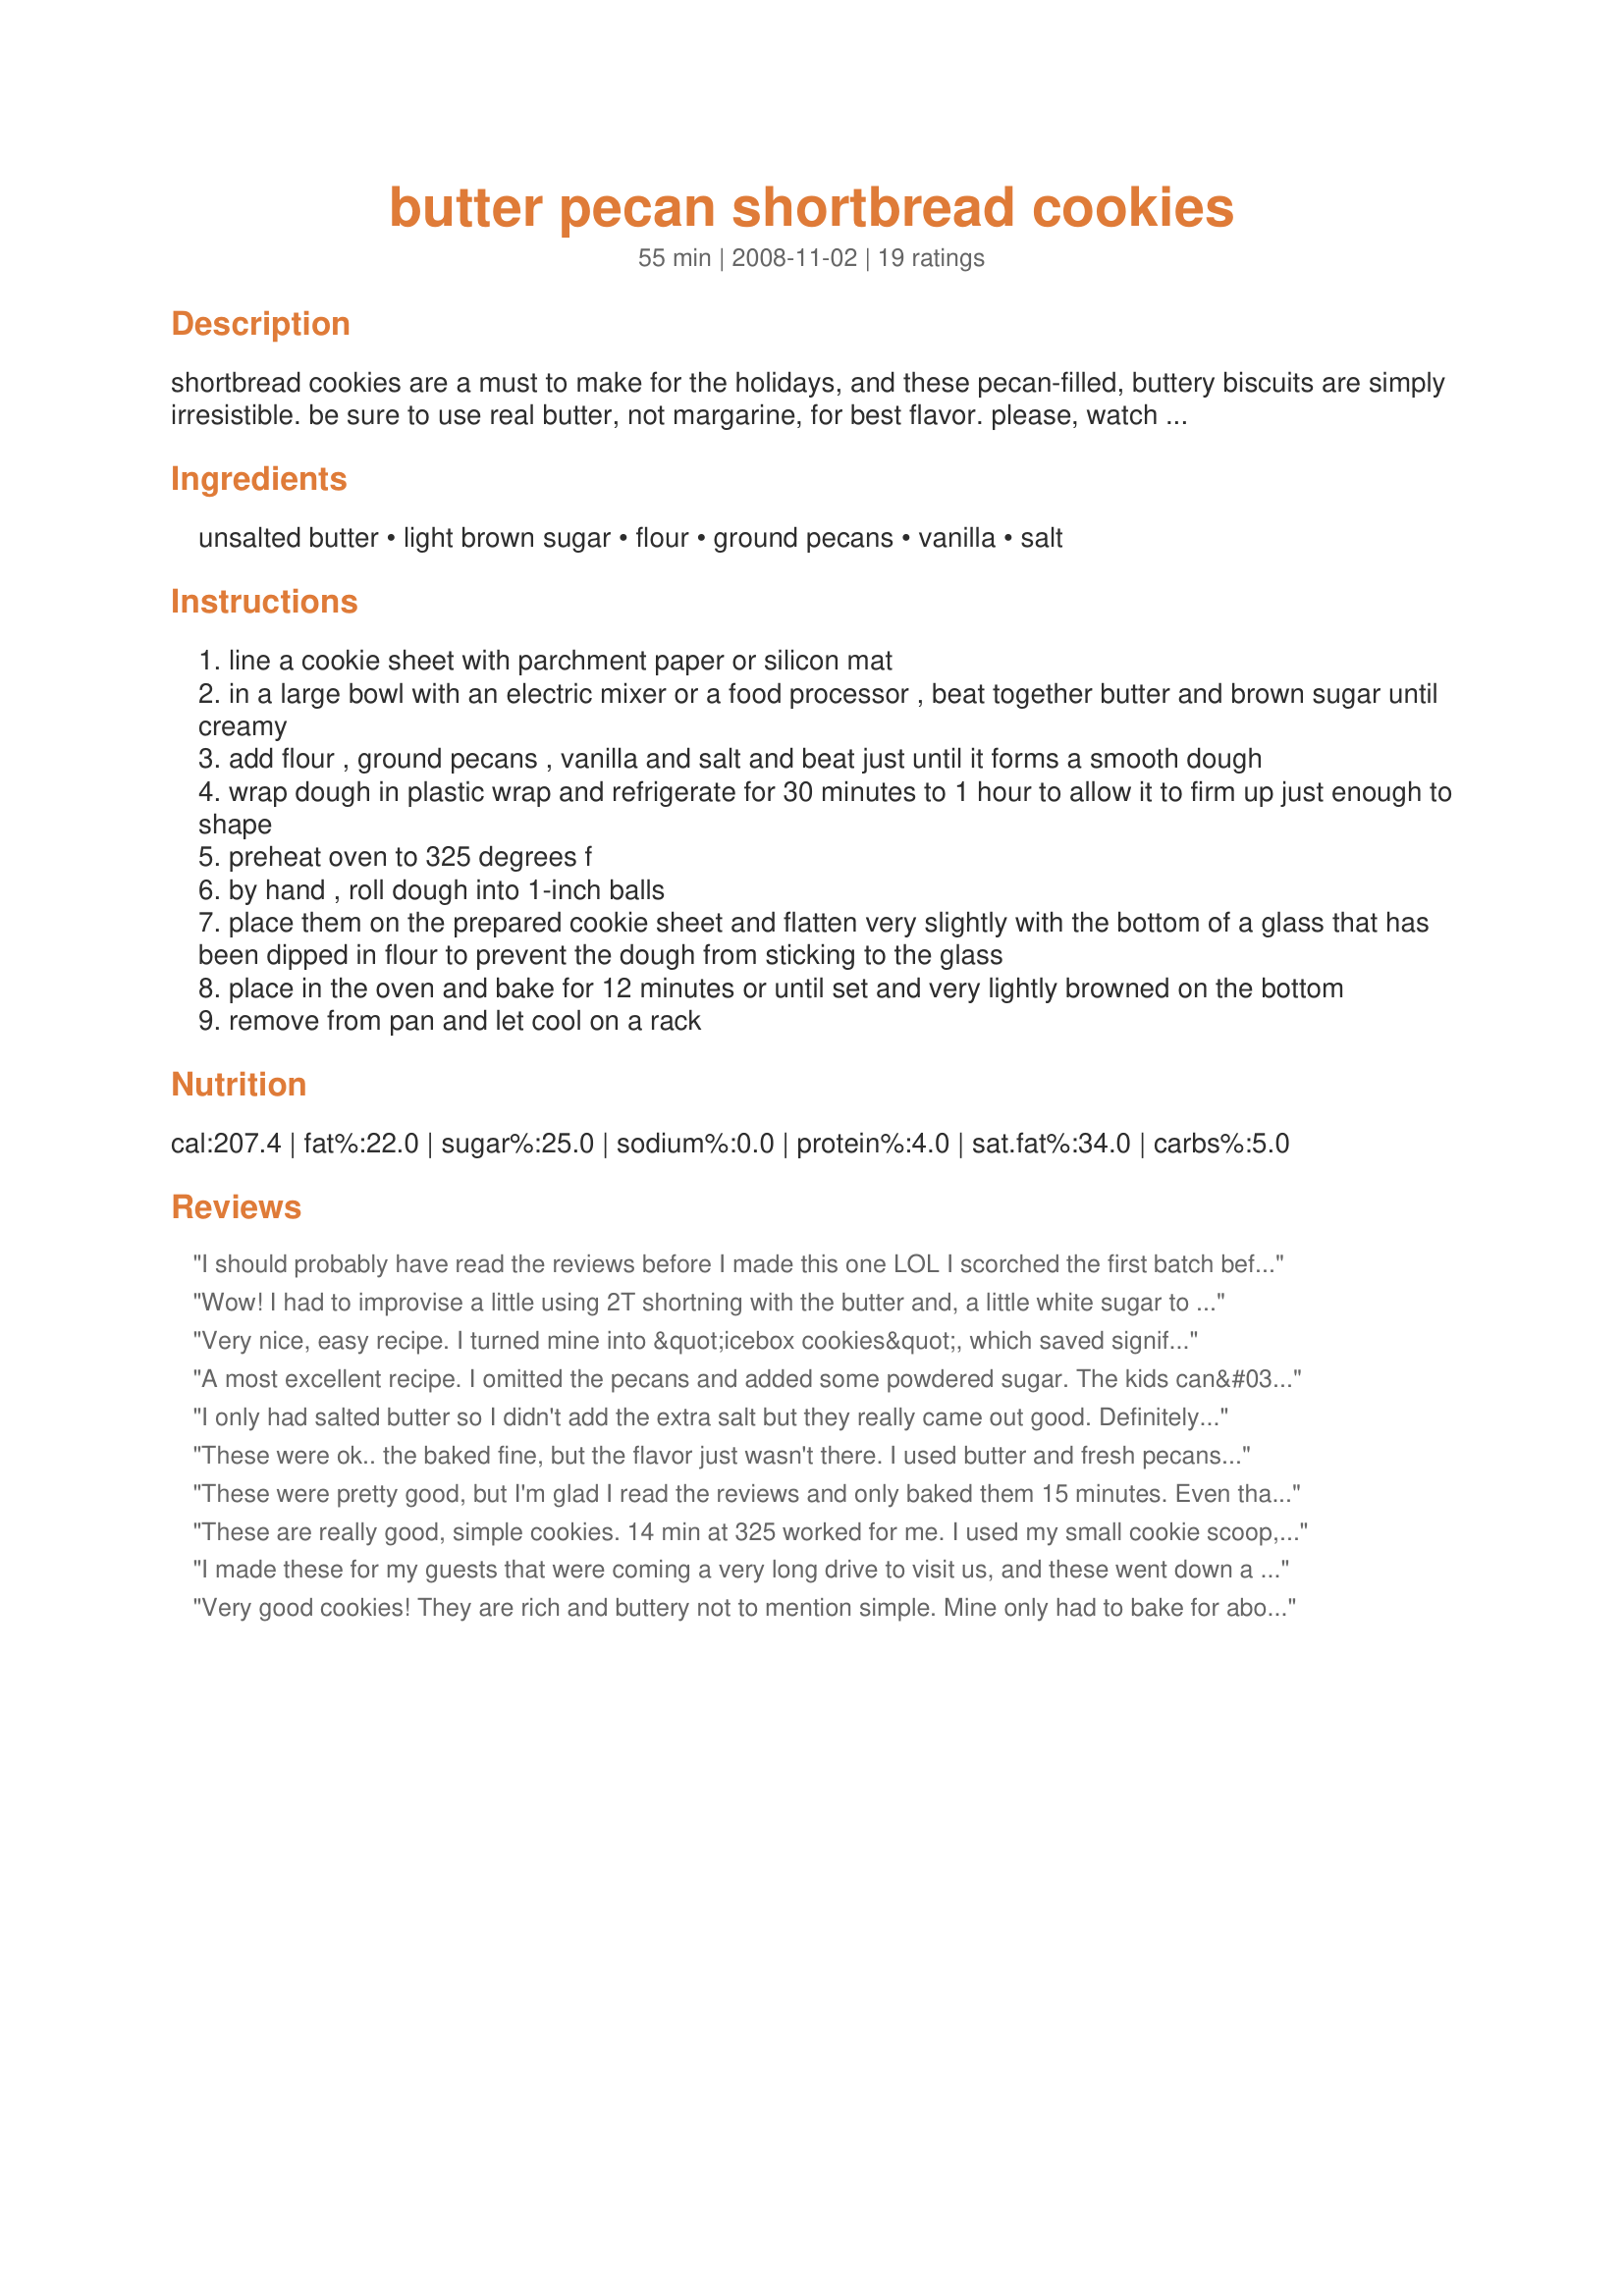
butter pecan shortbread cookies
Preparation time: 55 minutes

shortbread cookies are a must to make for the holidays, and these pecan-filled, buttery biscuits are simply irresistible. be sure to use real butter, not margarine, for best flavor. please, watch them as they bake. reviewers are reporting baking times from 12 to 20 mins and i have changed the baking time from the original 30 mins to 15 mins.

Ingredients:
unsalted butter, light brown sugar, flour, ground pecans, vanilla, salt

Steps:
line a cookie sheet with parchment paper or silicon mat
in a large bowl with an electric mixer or a food processor , beat together butter and brown sugar until creamy
add flour , ground pecans , vanilla and salt and beat just until it forms a smooth dough
wrap dough in plastic wrap and refrigerate for 30 minutes to 1 hour to allow it to firm up just enough to shape
preheat oven to 325 degrees f
by hand , roll dough into 1-inch balls
place them on the prepared cookie sheet and flatten very slightly with the bottom of a glass that has been dipped in flour to prevent the dough from sticking to the glass
place in the oven and bake for 12 minutes or until set and very lightly browned on the bottom
remove from pan and let cool on a rack

Reviews:
I should probably have read the reviews before I made this one LOL I scorched the first batch before I discovered that the time given in the recipe instructions is way too long! The reviewer who suggested 14 minutes is closer to the mark....Either that or a cooler oven, maybe 300Â° degrees instead...In any case, once I got adjusted the time, they were nice...I even mixed the entire thing in my little food processor, a novel experience! My only suggestion is that you brush off any flour residue after you flatten the cookies (a step not obvious to some of us, LOL)...Thanks for sharing the recipe!
Wow! I had to improvise a little using 2T shortning with the butter and, a little white sugar to complete the 1/2 c of dark brown that I had. Time to stock up the pantry for me ;) I did'nt have parchment but, they were fine on the sheet and moved to a rack right away. I pressed them to appx. 1/4 inch. The first ones took about 15 min the last few I upped the temp to 350 and they were done in 12.
Very nice, easy recipe. I turned mine into &quot;icebox cookies&quot;, which saved significant time. I rolled them into a log, chilled for an hour or so (can go much longer if properly wrapped), and cut disks. No flattening needed! The only thing I would do differently is to cut the slices larger. While mine did not burn, they did turn out firmer than had I made them thicker. Of course, I can't dock the recipe for my own tweaking!
A most excellent recipe. I omitted the pecans and added some powdered sugar. The kids can&#039;t have peanuts. Then I rolled out the cookies and made cut outs for Easter. They were so good. It was hard not to eat more than one before I gave them to the church. I will be making these cookies often. Thank you so much for sharing this recipe.
I only had salted butter so I didn't add the extra salt but they really came out good. Definitely will make them again. Addicting :)
These were ok.. the baked fine, but the flavor just wasn't there. I used butter and fresh pecans and real vanilla, but they just didn't have a prominent flavor.
These were pretty good, but I'm glad I read the reviews and only baked them 15 minutes. Even that was too long as the bottoms were almost burned, so on the next batches I went 12 minutes. They taste almost exactly like Keebler Pecan Sandies, but a lot drier and more crumbly. I doubled the recipe and got just under six dozen cookies.
These are really good, simple cookies. 14 min at 325 worked for me. I used my small cookie scoop, make the balls and got a old yoghurt style container, put cling wrap on the outside, bottom of the container to gently press the cookies. No sticking, nice and flat. Cookies are delicious.
I made these for my guests that were coming a very long drive to visit us, and these went down a real treat with a nice cup of tea when they arrived. I made them to the recipe with no changes and they were very nice, buttery and nutty. I had one as I am a diabetic and was only allowed one to try, but my guests loved them, and went away home with what was left for the kids. thank you for posting.
Very good cookies! They are rich and buttery not to mention simple. Mine only had to bake for about 20 minutes to get lightly browned on the bottom. I will be making more of these for Christmas.
Love, love, love pecan shortbread cookies! These were easy to make and delicious. I only had dark brown sugar, so I used 1/4 cup of it and 1/4 cup of white sugar. I didn&#039;t line my cookie sheets with anything and they did fine. Took about 13 minutes per batch to bake. I made 50 small cookies since it was for a party. Everyone loved them.
Good, buttery shortbread cookie, but to me the flavors were a little bland. With unsalted butter I think it needs a little more than a pinch of salt, so I gave it 4 stars. To bring out the flavor in the remainder of the batch, I sprinkled just a tiny bit of salt on top of each cookie --- not too much! I had some glazed pecan halves on hand which I cut into quarters and added 4-5 of these pieces on top of each cookie. For me, this made it a great recipe!
I was happy to find this recipe to make for our Christmas cookie bags. We thought they were great and everyone loved them! Tony
Wonderful cookie! Because there was no egg in the dough, I felt free to plop bits of dough in mouth as I was rolling out the cookies. Totally yummy when raw; I almost didn't want to cook any. But once they came out of the oven (at 19-20 minutes they were done) and cooled - wow, I was glad I had baked some of the dough after all. :) The only thing I'd change is that my dough was a little dry and didn't want to stay together. I will definitely be making these again, so I'll try to add another TB of butter, or subtract a TB of flour.
delish and so easy to make. Made for the holidays because they weren't too too rich. tagged in 123, thanks anna.
I was so happy to have stumbled across this recipe. My daughter has egg and soy allergies and we had been buying a very expensive brand of pecan shortbread cookies which came 9 to a box for about $5-$6. I came to my trusted and most favorite recipe Web site and found this delicious recipe. I used about 1 3/4 cups flour and a little more than a cup of pecans. When I crushed my pecans with my nutri bullet, I almost made pecan butter...so be careful if you use that appliance. I also used salted butter, as it was what I had on hand. My cookies were perfect at 15 minutes. I personally thought they needed just a little more sugar but my husband and daughter say they are perfect. I used a tablespoon cookie scoop and got 42 cookies. I plan to freeze them so they will last a while. Thank you so much! Edited 4/23 to add that these are great frozen. Once baked, I cooked and froze and we eat them whenever we like. I have also used these for a base for fruit pizza and they were incredible!
These were a nice lightly flavored butter cookie. Easy to make and yummy. I baked mine about 20 minutes and would recommend making them small so the middle part bakes all the way. I gave these out as part of my Christmas cookie trays. Thank you for sharing!
A rich, not-too-sweet cookie that's perfect for grown-ups. They can be a bit crumbly, but they're delicious.
Delicious little buttery moist cookies. Mine only cooked for about 14 minutes to be perfect. I even left out the pecans because I wanted a simple, easy butter cookie. Highly recommended!
